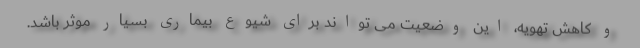
و کاهش تهویه، این وضعیت می تواند برای شیوع بیماری بسیار موثر باشد.